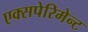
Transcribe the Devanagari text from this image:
एक्सपेरिमेन्ट